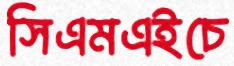
সিএমএইচে